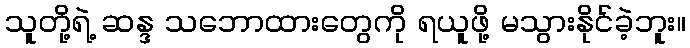
သူတို့ရဲ့ ဆန္ဒ သဘောထားတွေကို ရယူဖို့ မသွားနိုင်ခဲ့ဘူး။